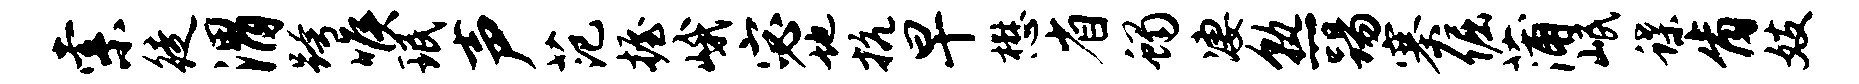
索徒渭跨喉珉声范握峨宓地抗早懋省蝎凄熟踢寨倔蒲岷蝶肯妓